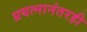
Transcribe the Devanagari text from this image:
प्रयत्नानंतरही